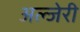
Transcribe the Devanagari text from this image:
अल्जेरी